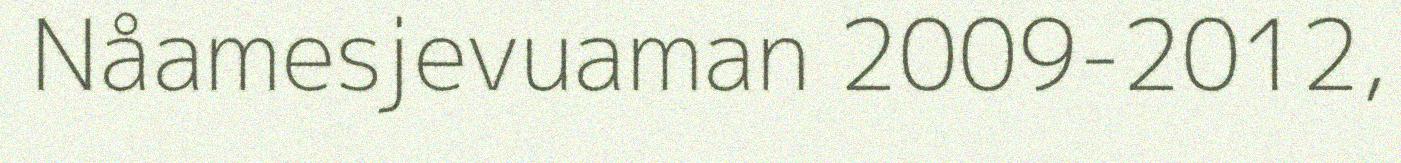
Nåamesjevuaman 2009-2012,